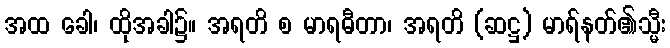
အထ ခေါ၊ ထိုအခါ၌။ အရတိ စ မာရဓီတာ၊ အရတိ (ဆဋ္ဌ) မာရ်နတ်၏သ္မီး